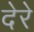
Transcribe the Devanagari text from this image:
देरे